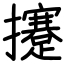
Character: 攓